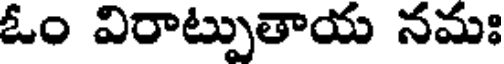
ఓం విరాట్పుతాయ నమః